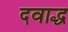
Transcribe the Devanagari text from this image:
दवाद्ध